Leaving Certificate Examination (including Day School Certificate (Higher) General paper), 1929
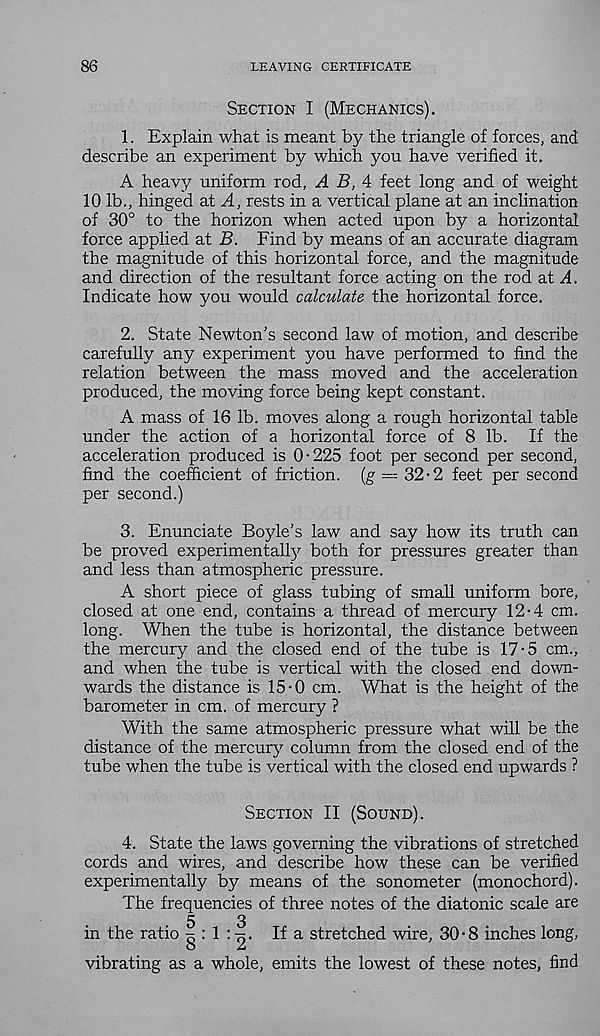
86
LEAVING CERTIFICATE
Section I (Mechanics).
1. Explain what is meant by the triangle of forces, and
describe an experiment by which you have verified it.
A heavy uniform rod, A B, 4 feet long and of weight
10 lb., hinged at A, rests in a vertical plane at an inclination
of 30° to the horizon when acted upon by a horizontal
force applied at B. Find by means of an accurate diagram
the magnitude of this horizontal force, and the magnitude
and direction of the resultant force acting on the rod at A.
Indicate how you would calculate the horizontal force.
2. State Newton’s second law of motion, and describe
carefully any experiment you have performed to find the
relation between the mass moved and the acceleration
produced, the moving force being kept constant.
A mass of 16 lb. moves along a rough horizontal table
under the action of a horizontal force of 8 lb. If the
acceleration produced is 0-225 foot per second per second,
find the coefficient of friction, (g — 32-2 feet per second
per second.)
3. Enunciate Boyle’s law and say how its truth can
be proved experimental^ both for pressures greater than
and less than atmospheric pressure.
A short piece of glass tubing of small uniform bore,
closed at one end, contains a thread of mercury 12-4 cm.
long. When the tube is horizontal, the distance between
the mercury and the closed end of the tube is 17-5 cm.,
and when the tube is vertical with the closed end down-
wards the distance is 15-0 cm. What is the height of the
barometer in cm. of mercury ?
With the same atmospheric pressure what will be the
distance of the mercury column from the closed end of the
tube when the tube is vertical with the closed end upwards ?
Section II (Sound).
4. State the laws governing the vibrations of stretched
cords and wires, and describe how these can be verified
experimentally by means of the sonometer (monochord).
The frequencies of three notes of the diatonic scale are
5
3
in the ratio 5 : 1 :75. If a stretched wire, 30-8 inches long,
o
A
vibrating as a whole, emits the lowest of these notes, find